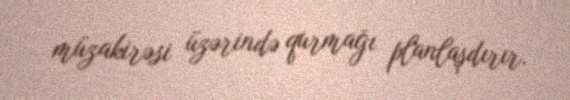
müzakirəsi üzərində qurmağı planlaşdırır.